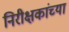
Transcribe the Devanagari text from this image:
निरीक्षकांच्या